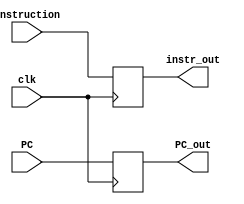
`timescale 1ns / 1ps
//////////////////////////////////////////////////////////////////////////////////
// Company: 
// Engineer: 
// 
// Design Name: 
// Module Name:    Fetch_Latch 
// Project Name: 
// Target Devices: 
// Tool versions: 
// Description: 
//
// Dependencies: 
//
// Revision: 
// Revision 0.01 - File Created
// Additional Comments: 
//
//////////////////////////////////////////////////////////////////////////////////
module Fetch_Latch(
	input clk,
	input [31:0] instruction,
	input [31:0] PC,
	output reg [31:0] instr_out,
	output reg [31:0] PC_out
    );
	 
	 always @ (posedge clk)
		begin
			instr_out <= instruction;
			PC_out <= PC;
		end

endmodule